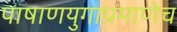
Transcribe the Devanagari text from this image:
पाषाणयुगाप्रमाणेच